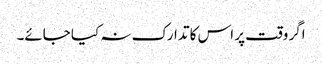
اگر وقت پر اس کا تدارک نہ کیا جائے۔